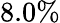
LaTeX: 8.0\%